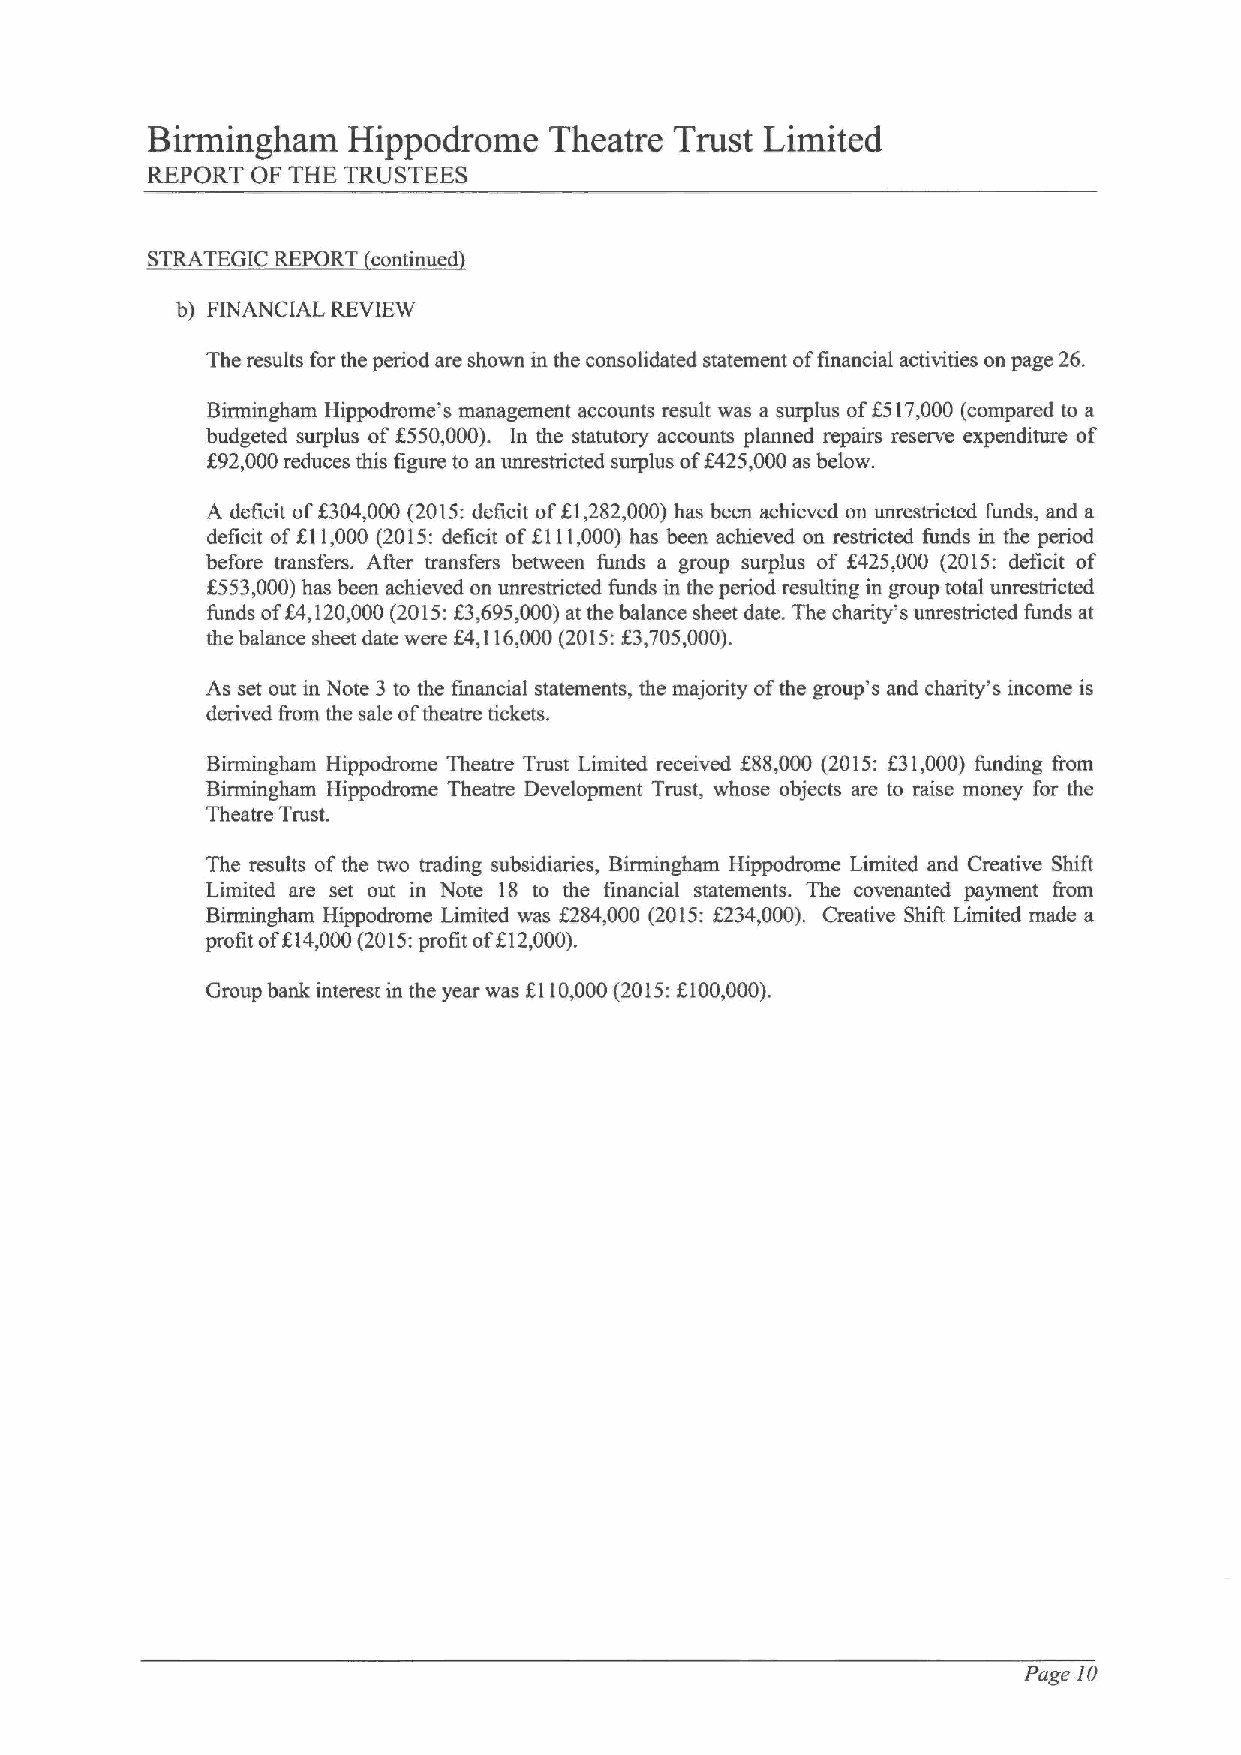
Birmingham   Hippodrome   Theatre  Trust Limited
 REPORT OF THE TRUSTEES
 STRATEGIC REPORT continued
 b) FINANCIAL REVIEW
 The results for the period are shown in the consolidated statement offinancial activities on page 26.
 Birmingham Hippodrome's management accounts result was a surplus off517,000 (compared to a
 budgeted surplus of f550,000). In the statutory accounts planned repairs reserve expenditure of
 f92,000reduces this figure to an unrestricted surplus off425,000as below.
 A deficit off304,000 (2015:deficit ofK1,282,000) has been achieved on unrestricted funds, and a
 deficit off11,000 (2015:deficit off111,000) has been achieved on restricted funds in the period
 before transfers. After transfers between funds a group surplus of f425,000 (2015: deficit of
 f553,000)has been achieved on unrestricted funds in the period resulting in group total unrestricted
 funds ofg4,120,000(2015:K3,695,000)at the balance sheet date. The charity's unrestricted funds at
 the balance sheet date were K4,116,000(2015:X3,705,000).
 As set out in Note 3 to the financial statements, the majority ofthe group's and charity's income is
 derived from the sale oftheatre tickets.
 Birmingham Hippodrome Theatre Trust Limited received $88,000 (2015: 631,000) funding from
 Birmingham Hippodrome Theatre Development Trust, whose objects are to raise money for the
 Theatre Trust.
 The results ofthe two trading subsidiaries, Birmingham Hippodmme Limited and Creative Shift
 Limited are set out in Note 18 to the financial statements. The covenanted payment &om
 Birmingham Hippodrome Limited was $284,000 (2015:f234,000). Creative ShiA Limited tnade a
 profit of614,000(2015:profit of612,000).
 Group bank interest in the year was f110,000(2015:K)00,000).
 Page 10